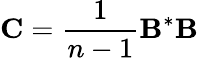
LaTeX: \mathbf{C}={\frac{1}{n-1}}\mathbf{B}^{*}\mathbf{B}